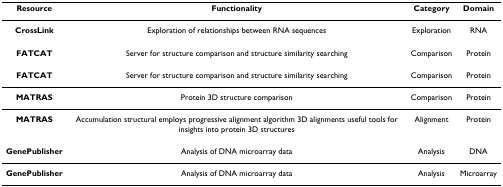
| Resource | Functionality | Category | Domain |
 | --- | --- | --- | --- |
 | CrossLink | Exploration of relationships between RNA sequences | Exploration | RNA |
 | FATCAT | Server for structure comparison and structure similarity searching | Comparison | Protein |
 | FATCAT | Server for structure comparison and structure similarity searching | Comparison | Protein |
 | MATRAS | Protein 3D structure comparison | Comparison | Protein |
 | MATRAS | Accumulation structural employs progressive alignment algorithm 3D alignments useful tools for insights into protein 3D structures | Alignment | Protein |
 | GenePublisher | Analysis of DNA microarray data | Analysis | DNA |
 | GenePublisher | Analysis of DNA microarray data | Analysis | Microarray |